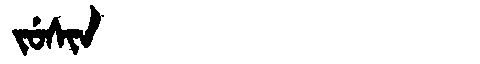
Manchu: ᠵᡠᠰᡳᠨ
Romanization: JUSIN